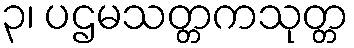
၃၊ ပဌမသတ္တကသုတ္တ